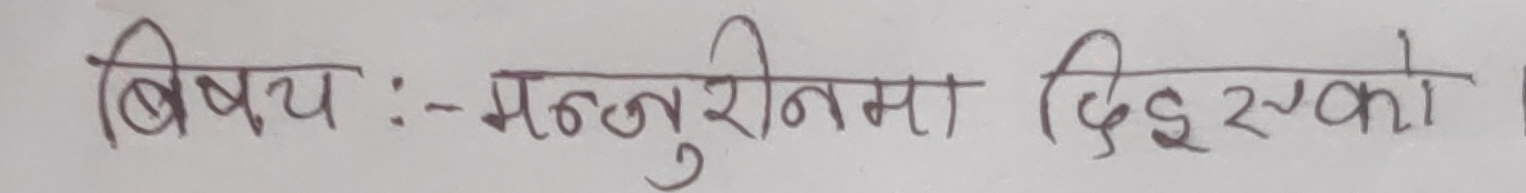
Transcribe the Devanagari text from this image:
बिषय :- मन्जुरीनामा दिइएको ।